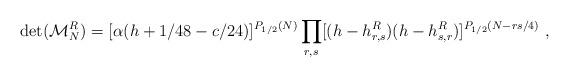
LaTeX: \begin{align*} \det({\cal M}^R_N)= [\alpha(h+1/48-c/24)]^{P_{1/2} (N)}\prod_{r,s} [(h-h^{R}_{r,s})(h-h^{R}_{s,r})]^{P_{1/2} (N-{rs/4})}{}~,\end{align*}